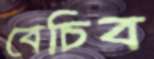
বেচিব